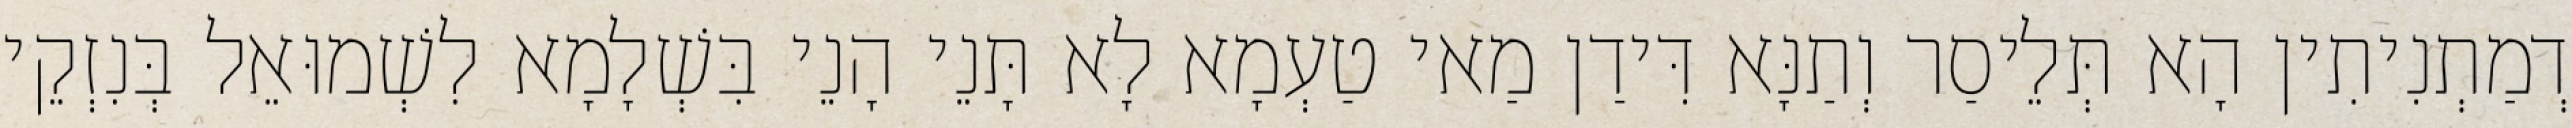
דְמַתְנִיתִין הָא תְּלֵיסַר וְתַנָּא דִּידַן מַאי טַעְמָא לָא תָּנֵי הָנֵי בִּשְׁלָמָא לִשְׁמוּאֵל בְּנִזְקֵי